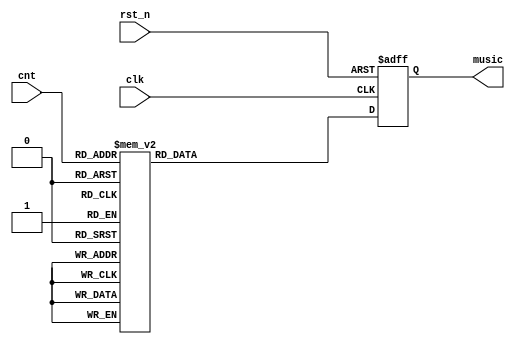
`timescale 1ns/1ps
//////////////////////////////////////////////////////////////////////////////////
// Company: 
// Engineer: 
// 
// Design Name: 
// Module Name: music_mem
// Project Name: 
// Target Devices: 
// Tool Versions: 
// Description: 
// 
// Dependencies: 
// 
// Revision:
// Revision 0.01 - File Created
// Additional Comments:
// 
//////////////////////////////////////////////////////////////////////////////////


module music_mem(
    input wire clk,
    input wire rst_n,

    input wire [5:0] cnt,

    output reg [4:0] music
);

    always @(posedge clk, negedge rst_n) begin
        if (rst_n == 1'b0)
            music <= 5'd0;
        else
            case (cnt)
                6'd0: music <= 5'd13;
                6'd1: music <= 5'd13;
                6'd2: music <= 5'd13;
                6'd3: music <= 5'd12;
                6'd4: music <= 5'd10;
                6'd5: music <= 5'd10;
                6'd6: music <= 5'd12;
                6'd7: music <= 5'd12;

                6'd8: music <= 5'd15;
                6'd9: music <= 5'd15;
                6'd10: music <= 5'd13;
                6'd11: music <= 5'd12;
                6'd12: music <= 5'd13;
                6'd13: music <= 5'd13;
                6'd14: music <= 5'd13;
                6'd15: music <= 5'd13;

                6'd16: music <= 5'd10;
                6'd17: music <= 5'd10;
                6'd18: music <= 5'd12;
                6'd19: music <= 5'd13;
                6'd20: music <= 5'd12;
                6'd21: music <= 5'd12;
                6'd22: music <= 5'd10;
                6'd23: music <= 5'd10;

                6'd24: music <= 5'd8;
                6'd25: music <= 5'd6;
                6'd26: music <= 5'd12;
                6'd27: music <= 5'd10;
                6'd28: music <= 5'd9;
                6'd29: music <= 5'd9;
                6'd30: music <= 5'd9;
                6'd31: music <= 5'd9;

                6'd32: music <= 5'd9;
                6'd33: music <= 5'd9;
                6'd34: music <= 5'd9;
                6'd35: music <= 5'd10;
                6'd36: music <= 5'd12;
                6'd37: music <= 5'd12;
                6'd38: music <= 5'd13;
                6'd39: music <= 5'd13;

                6'd40: music <= 5'd10;
                6'd41: music <= 5'd10;
                6'd42: music <= 5'd10;
                6'd43: music <= 5'd9;
                6'd44: music <= 5'd8;
                6'd45: music <= 5'd8;
                6'd46: music <= 5'd8;
                6'd47: music <= 5'd8;

                6'd48: music <= 5'd12;
                6'd49: music <= 5'd12;
                6'd50: music <= 5'd12;
                6'd51: music <= 5'd10;
                6'd52: music <= 5'd9;
                6'd53: music <= 5'd8;
                6'd54: music <= 5'd6;
                6'd55: music <= 5'd8;

                6'd56: music <= 5'd5;
                6'd57: music <= 5'd5;
                6'd58: music <= 5'd5;
                6'd59: music <= 5'd5;
                6'd60: music <= 5'd5;
                6'd61: music <= 5'd5;
                6'd62: music <= 5'd5;
                6'd63: music <= 5'd5;
                default: music <= 5'd0;
            endcase
    end
endmodule